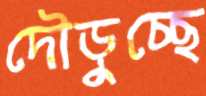
দৌড়ুচ্ছে